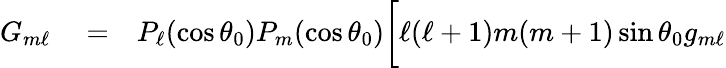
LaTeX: \begin{array}{rlr}{G_{m\ell}}&{{}=}&{P_{\ell}(\cos\theta_{0})P_{m}(\cos\theta_{0})\biggl[\ell(\ell+1)m(m+1)\sin\theta_{0}g_{m\ell}}\end{array}